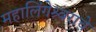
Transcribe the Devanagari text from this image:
महालिंगेश्र्वराचे